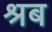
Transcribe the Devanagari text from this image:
श्रब